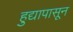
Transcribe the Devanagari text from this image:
हुद्यापासून